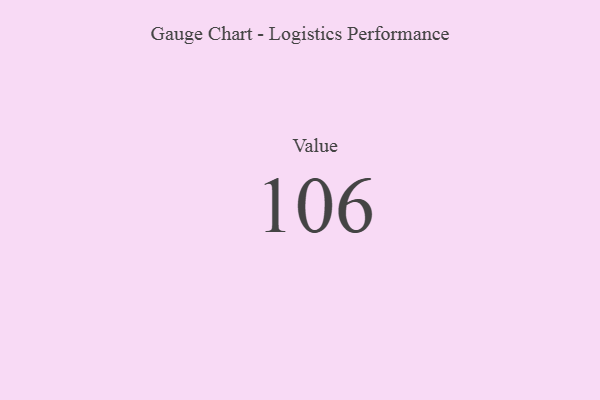
{"axis": {"x": "Metric", "y": "Value"}, "legend": [""], "data": [{"x": "Value", "y": 106, "type": ""}]}